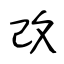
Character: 改